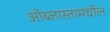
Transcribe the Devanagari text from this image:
ओब्लास्तामधील